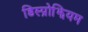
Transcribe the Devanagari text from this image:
डिस्प्रोझियम